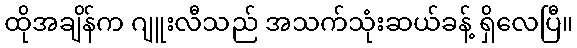
ထိုအချိန်က ဂျူးလီသည် အသက်သုံးဆယ်ခန့် ရှိလေပြီ။